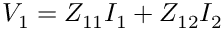
V _ { 1 } = Z _ { 1 1 } I _ { 1 } + Z _ { 1 2 } I _ { 2 }